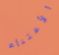
الأعتناء